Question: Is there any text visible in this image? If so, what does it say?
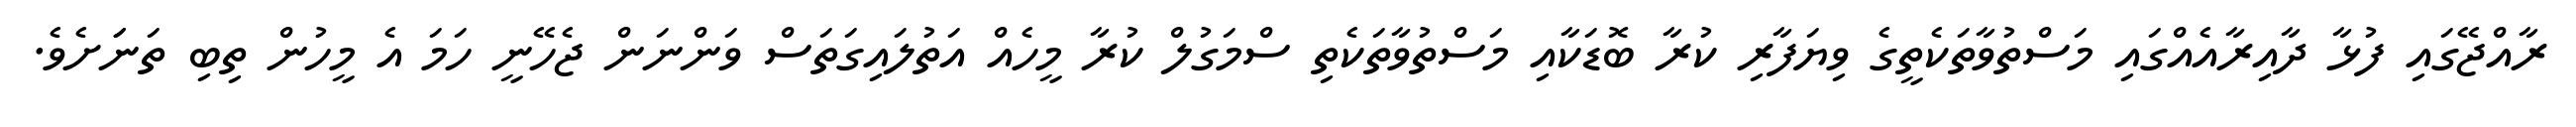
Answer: ރާއްޖޭގައި ފުޅާ ދާއިރާއެއްގައި މަސްތުވާތަކެތީގެ ވިޔަފާރި ކުރާ ބޮޑަކާއި މަސްތުވާތަކެތި ސްމަގުލް ކުރާ މީހެއް އަތުލައިގަތަސް ވަންނަން ޖެހޭނީ ހަމަ އެ މީހުން ތިބި ތަނަަށެވެ.